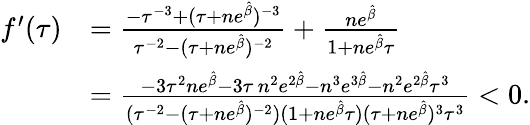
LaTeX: \begin{array}{rl}{f^{\prime}(\tau)}&{=\frac{-\tau^{-3}+(\tau+ne^{\hat{\beta}})^{-3}}{\tau^{-2}-(\tau+ne^{\hat{\beta}})^{-2}}+\frac{ne^{\hat{\beta}}}{1+ne^{\hat{\beta}}\tau}}\\ &{=\frac{-3\tau^{2}ne^{\hat{\beta}}-3\tau\, n^{2}e^{2\hat{\beta}}-n^{3}e^{3\hat{\beta}}-n^{2}e^{2\hat{\beta}}\tau^{3}}{(\tau^{-2}-(\tau+ne^{\hat{\beta}})^{-2})(1+ne^{\hat{\beta}}\tau)(\tau+ne^{\hat{\beta}})^{3}\tau^{3}}<0.}\end{array}